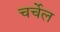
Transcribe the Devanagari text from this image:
चर्चेल